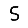
Digit: 5